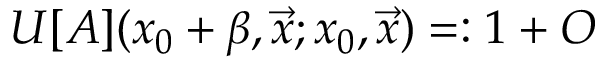
U [ A ] ( x _ { 0 } + \beta , \vec { x } ; x _ { 0 } , \vec { x } ) = : 1 + { \cal O }